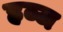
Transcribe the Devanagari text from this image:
हब्ज